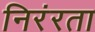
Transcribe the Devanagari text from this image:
निरंरता